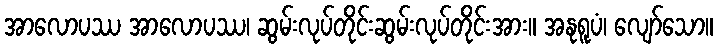
အာလောပဿ အာလောပဿ၊ ဆွမ်းလုပ်တိုင်းဆွမ်းလုပ်တိုင်းအား။ အနုရူပံ၊ လျော်သော။